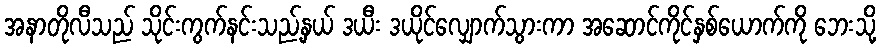
အနာတိုလီသည် သိုင်းကွက်နင်းသည့်နှယ် ဒယီး ဒယိုင်လျှောက်သွားကာ အဆောင်ကိုင်နှစ်ယောက်ကို ဘေးသို့